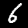
Label: 6